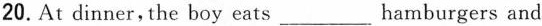
20.At dinner, the boy eats ___ hamburgers and